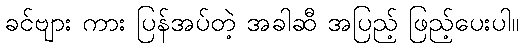
ခင်ဗျား ကား ပြန်အပ်တဲ့ အခါဆီ အပြည့် ဖြည့်ပေးပါ။